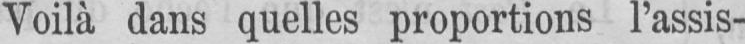
Voilà dans quelles proportions l’assis-